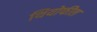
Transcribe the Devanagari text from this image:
थियोफील